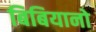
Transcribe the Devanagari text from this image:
बिबियानो